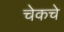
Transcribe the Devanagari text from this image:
चेकचे